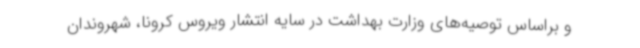
و براساس توصیه‌های وزارت بهداشت در سایه انتشار ویروس کرونا، شهروندان